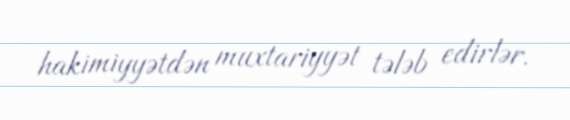
hakimiyyətdən muxtariyyət tələb edirlər.